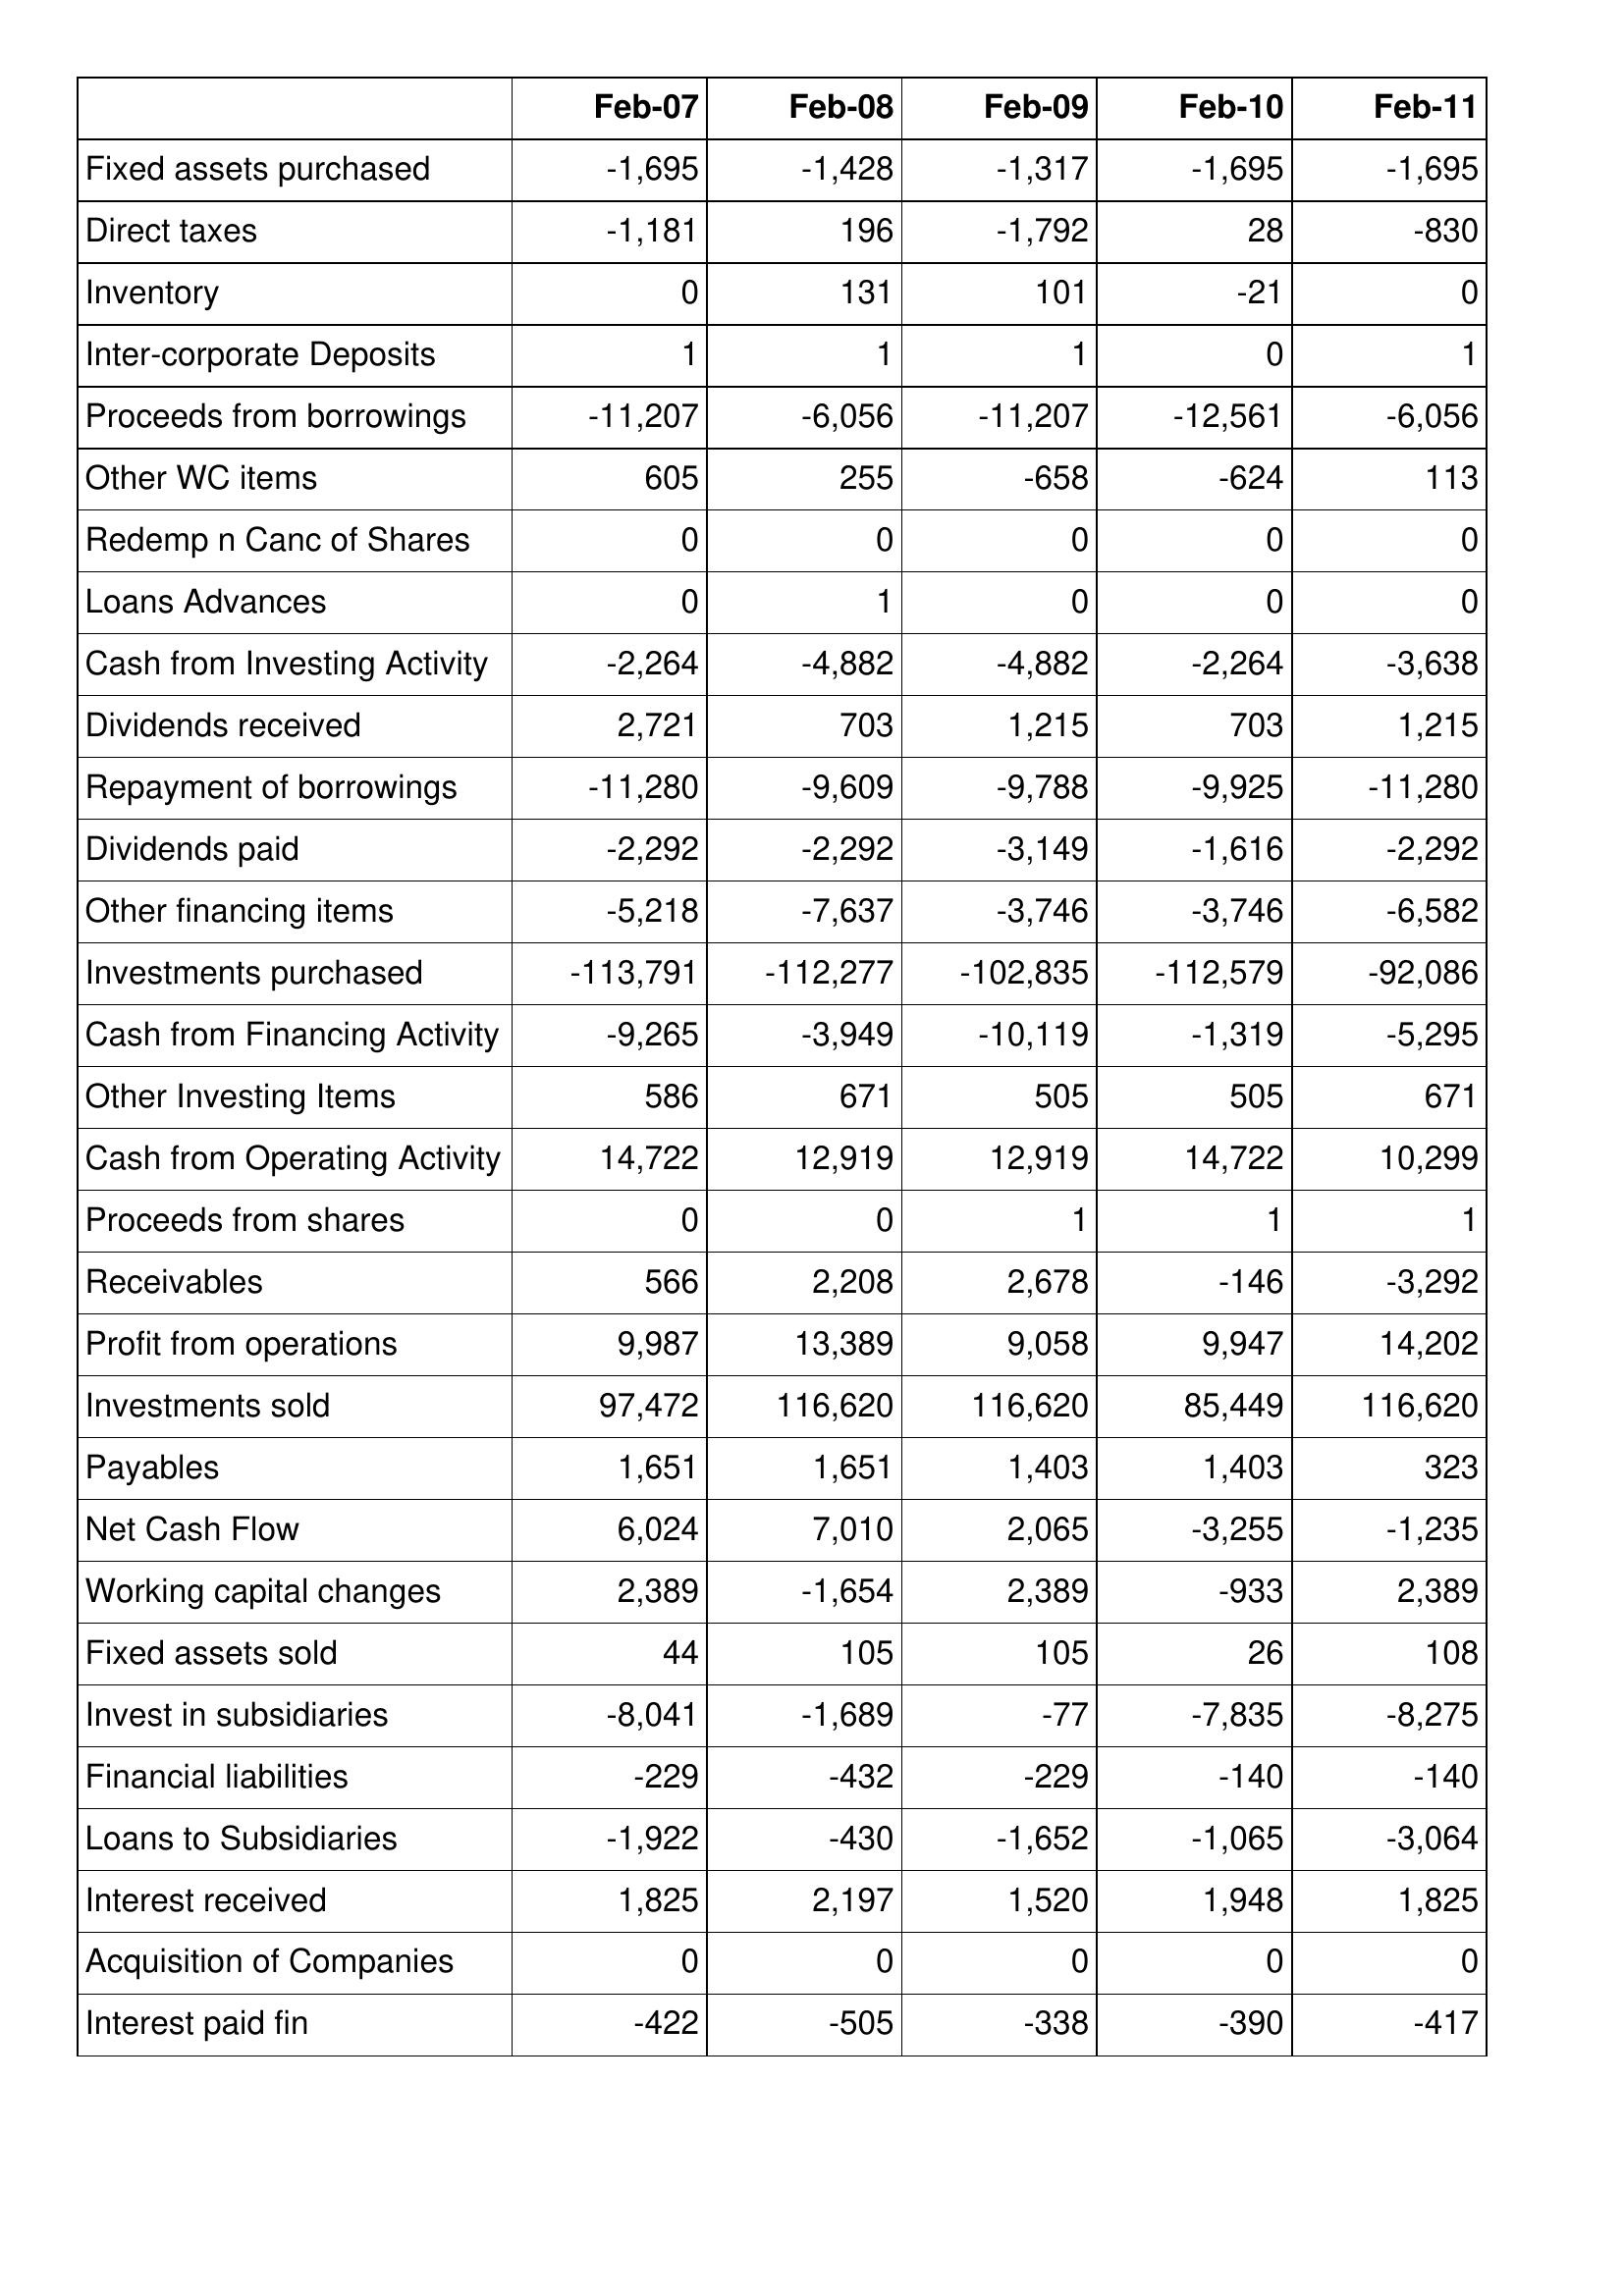
Feb-07: Cash Flows: Fixed assets purchased: -1,695
Direct taxes: -1,181
Inventory: 0
Inter-corporate Deposits: 1
Proceeds from borrowings: -11,207
Other WC items: 605
Redemp n Canc of Shares: 0
Loans Advances: 0
Cash from Investing Activity: -2,264
Dividends received: 2,721
Repayment of borrowings: -11,280
Dividends paid: -2,292
Other financing items: -5,218
Investments purchased: -113,791
Cash from Financing Activity: -9,265
Other Investing Items: 586
Cash from Operating Activity: 14,722
Proceeds from shares: 0
Receivables: 566
Profit from operations: 9,987
Investments sold: 97,472
Payables: 1,651
Net Cash Flow: 6,024
Working capital changes: 2,389
Fixed assets sold: 44
Invest in subsidiaries: -8,041
Financial liabilities: -229
Loans to Subsidiaries: -1,922
Interest received: 1,825
Acquisition of Companies: 0
Interest paid fin: -422
Feb-08: Cash Flows: Fixed assets purchased: -1,428
Direct taxes: 196
Inventory: 131
Inter-corporate Deposits: 1
Proceeds from borrowings: -6,056
Other WC items: 255
Redemp n Canc of Shares: 0
Loans Advances: 1
Cash from Investing Activity: -4,882
Dividends received: 703
Repayment of borrowings: -9,609
Dividends paid: -2,292
Other financing items: -7,637
Investments purchased: -112,277
Cash from Financing Activity: -3,949
Other Investing Items: 671
Cash from Operating Activity: 12,919
Proceeds from shares: 0
Receivables: 2,208
Profit from operations: 13,389
Investments sold: 116,620
Payables: 1,651
Net Cash Flow: 7,010
Working capital changes: -1,654
Fixed assets sold: 105
Invest in subsidiaries: -1,689
Financial liabilities: -432
Loans to Subsidiaries: -430
Interest received: 2,197
Acquisition of Companies: 0
Interest paid fin: -505
Feb-09: Cash Flows: Fixed assets purchased: -1,317
Direct taxes: -1,792
Inventory: 101
Inter-corporate Deposits: 1
Proceeds from borrowings: -11,207
Other WC items: -658
Redemp n Canc of Shares: 0
Loans Advances: 0
Cash from Investing Activity: -4,882
Dividends received: 1,215
Repayment of borrowings: -9,788
Dividends paid: -3,149
Other financing items: -3,746
Investments purchased: -102,835
Cash from Financing Activity: -10,119
Other Investing Items: 505
Cash from Operating Activity: 12,919
Proceeds from shares: 1
Receivables: 2,678
Profit from operations: 9,058
Investments sold: 116,620
Payables: 1,403
Net Cash Flow: 2,065
Working capital changes: 2,389
Fixed assets sold: 105
Invest in subsidiaries: -77
Financial liabilities: -229
Loans to Subsidiaries: -1,652
Interest received: 1,520
Acquisition of Companies: 0
Interest paid fin: -338
Feb-10: Cash Flows: Fixed assets purchased: -1,695
Direct taxes: 28
Inventory: -21
Inter-corporate Deposits: 0
Proceeds from borrowings: -12,561
Other WC items: -624
Redemp n Canc of Shares: 0
Loans Advances: 0
Cash from Investing Activity: -2,264
Dividends received: 703
Repayment of borrowings: -9,925
Dividends paid: -1,616
Other financing items: -3,746
Investments purchased: -112,579
Cash from Financing Activity: -1,319
Other Investing Items: 505
Cash from Operating Activity: 14,722
Proceeds from shares: 1
Receivables: -146
Profit from operations: 9,947
Investments sold: 85,449
Payables: 1,403
Net Cash Flow: -3,255
Working capital changes: -933
Fixed assets sold: 26
Invest in subsidiaries: -7,835
Financial liabilities: -140
Loans to Subsidiaries: -1,065
Interest received: 1,948
Acquisition of Companies: 0
Interest paid fin: -390
Feb-11: Cash Flows: Fixed assets purchased: -1,695
Direct taxes: -830
Inventory: 0
Inter-corporate Deposits: 1
Proceeds from borrowings: -6,056
Other WC items: 113
Redemp n Canc of Shares: 0
Loans Advances: 0
Cash from Investing Activity: -3,638
Dividends received: 1,215
Repayment of borrowings: -11,280
Dividends paid: -2,292
Other financing items: -6,582
Investments purchased: -92,086
Cash from Financing Activity: -5,295
Other Investing Items: 671
Cash from Operating Activity: 10,299
Proceeds from shares: 1
Receivables: -3,292
Profit from operations: 14,202
Investments sold: 116,620
Payables: 323
Net Cash Flow: -1,235
Working capital changes: 2,389
Fixed assets sold: 108
Invest in subsidiaries: -8,275
Financial liabilities: -140
Loans to Subsidiaries: -3,064
Interest received: 1,825
Acquisition of Companies: 0
Interest paid fin: -417